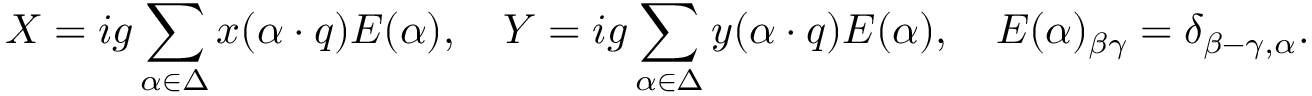
X = i g \sum _ { \alpha \in \Delta } x ( \alpha \cdot q ) E ( \alpha ) , \quad Y = i g \sum _ { \alpha \in \Delta } y ( \alpha \cdot q ) E ( \alpha ) , \quad E ( \alpha ) _ { \beta \gamma } = \delta _ { \beta - \gamma , \alpha } .